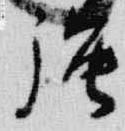
強